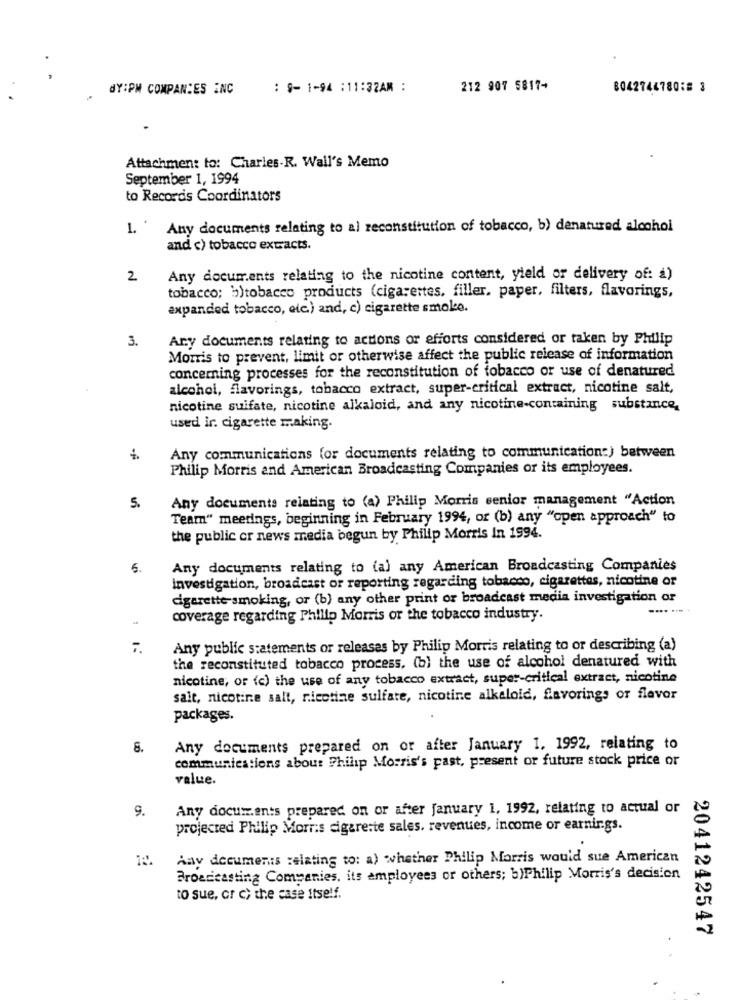
BY:PM COMPANIES INC
: 9-1-94 :11:32AM :
212 907 5817-
8042744780:8 3
Attachment to: Charles-R. Wall's Memo
September 1, 1994
to Records Coordinators
1. '
Any documents relating to al reconstitution of tobacco, b) denatured alcohol
and c) tobacco extracts.
2
Any documents relating to the nicotine content, yield or delivery of: a)
tobacco; b)tobacco products (cigarettes, filler, paper, filters, flavorings,
expanded tobacco, etc.) and, c) cigarette smoke.
3.
Any documents relating to actions or efforts considered or taken by Philip
Morris to prevent, limit or otherwise affect the public release of information
concerning processes for the reconstitution of tobacco or use of denatured
alcohol, flavorings, tobacco extract, super-critical extract, nicotine salt,
nicotine suifate, nicotine alkaloid, and any nicotine-containing substance,
used ir. cigarette making.
Any communications (or documents relating to communication:) between
Philip Morris and American Broadcasting Companies or its employees.
Any documents relating to (a) Philip Morris senior management "Action
5.
Team" meetings, beginning in February 1994, or (b) any "open approach" to
the public cr news media begun by Philip Morris In 1994.
6.
Any documents relating to (a) any American Broadcasting Companies
Investigation, broadcast or reporting regarding tobacco, cigarettes, nicotine or
cigarette smoking, or (b) any other print or broadcast media investigation or
-
coverage regarding Philip Morris or the tobacco industry.
7.
Any public statements or releases by Philip Morris relating to or describing (a)
the reconstituted tobacco process, (b) the use of alcohol denatured with
nicotine, or (c) the use of any tobacco extract, super-critical extract, nicotine
salt, nicotine salt, nicotine sulfate, nicotine alkaloid, flavorings or flavor
packages.
8.
Any documents prepared on or after January 1. 1992, relating to
communications about Philip Morris's past, present or future stock price or
value.
9.
Any documents prepared on or after january 1, 1992, relating to actual or
projected Philip Morris cigarette sales, revenues, income or earnings.
Any documents relating to: a) whether Philip Morris would sue American
Broadcasting Companies, its employees or others; b)Philip Morris's decision
to sue, or c) the case itself.
2041242547